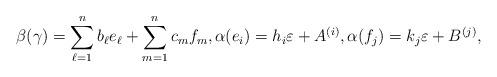
LaTeX: \begin{gather*}\beta(\gamma) = \sum_{\ell=1}^n b_\ell e_\ell + \sum_{m=1}^n c_m f_m,\alpha(e_i) = h_i\varepsilon + A^{(i)}, \alpha(f_j) = k_j\varepsilon + B^{(j)},\end{gather*}